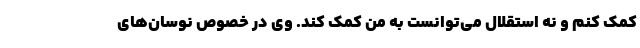
کمک کنم و نه استقلال می‌توانست به من کمک کند. وی در خصوص نوسان‌های